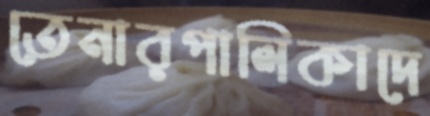
তেনারপালিকাদে